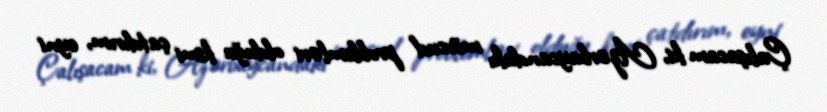
Çalışacam ki, Azərbaycandakı mövcud problemləri olduğu kimi çatdırım, eyni